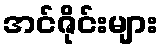
အင်ဇိုင်းများ